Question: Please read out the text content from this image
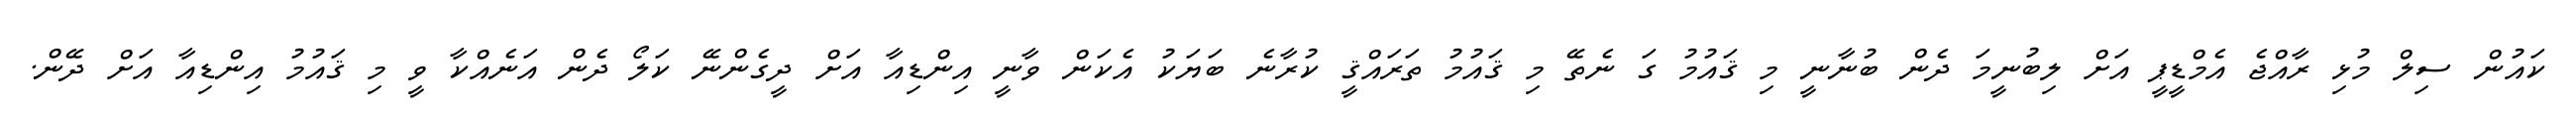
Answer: ކައުން ސިލް މުޅި ރާއްޖެ އެމްޑީޕީ އަށް ލިބުނީމަ ދެން ބުނާނީ މި ޤައުމު ގަ ނެތޭ މި ޤައުމު ތަރައްޤީ ކުރާނެ ބަޔަކު އެކަން ވާނީ އިންޑިއާ އަށް ދީގެންނޭ ކަލޯ ދެން އަނެއްކާ ވީ މި ޤައުމު އިންޑިއާ އަށް ދޭން.